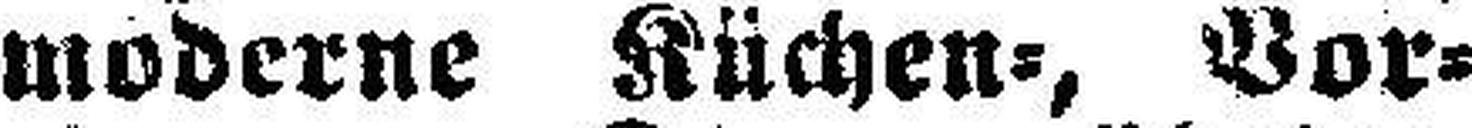
moderne Küchen=, Vor¬